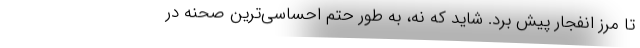
تا مرز انفجار پیش برد. شاید که نه، به طور حتم احساسی‌ترین صحنه در